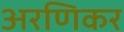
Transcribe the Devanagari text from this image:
अरणिकर